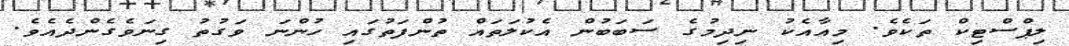
ލިޕްސްޓިކް ތަކެވެ. މިއާއެކު ނިދިމުގެ ސަބަބުން އެކުލަތައް ތުންފަތުގައި ހުންނަ ވަގުތު ގިނަވެގެންދެއެވެ.